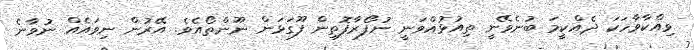
ވިއްކާވާހަކަ ދެއްކީމަ ބުނެވޭނީ ތިއުޅުއްވަނީ ނުފޯރާފޮތިން ފޫގަޅަން ނޫންތޯއެވެ. އޭރުން ނިވައެއް ނުވާނެ